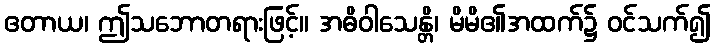
ဧတာယ၊ ဤသဘောတရားဖြင့်။ အဓိဝါသေန္တိ၊ မိမိ၏အထက်၌ ဝင်သက်၍